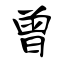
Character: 兽